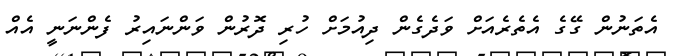
އެތަނުން ގޭގެ އެތެރެއަށް ވަދެގެން ދިއުމަށް ހުރި ދޮރުން ވަންނައިރު ފެންނަނީ އެއް